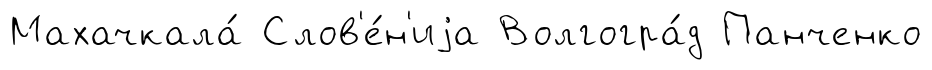
Махачкала́ Слов'е́н'иjа Волгогра́д Панченко